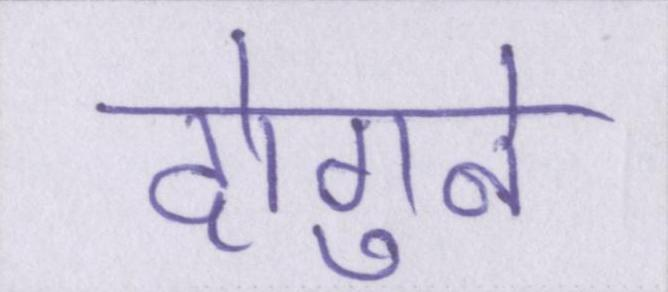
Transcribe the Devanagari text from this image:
दोगुने